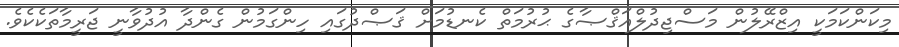
މިކަންކަމަކީ އިޒްރޭލުން މަސްޖިދުލްއަޤްޞާގެ ޙުރުމަތް ކެނޑުމަށް ޤަޞްދުގައި ހިންގަމުން ގެންދާ އުދުވާނީ ޖަރީމާތަކެކެވެ.